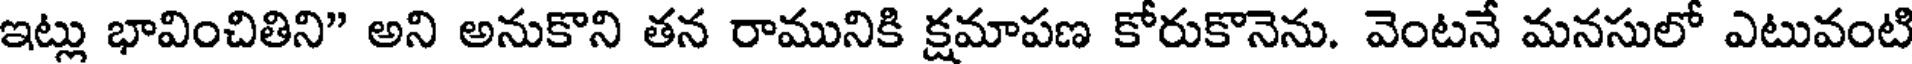
ఇట్లు భావించితిని" అని అనుకొని తన రామునికి క్షమాపణ కోరుకొనెను. వెంటనే మనసులో ఎటువంటి